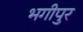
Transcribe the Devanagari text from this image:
भगीपुर